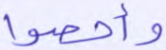
وأحصوا